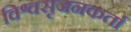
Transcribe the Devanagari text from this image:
विश्वसृजनकर्ता